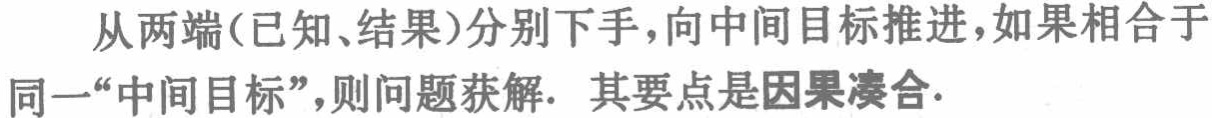
从两端(已知、结果)分别下手，向中间目标推进，如果相合于同一“中间目标”，则问题获解. 其要点是因果凑合.